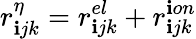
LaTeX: r_{\mathbf{i}jk}^{\eta}=r_{\mathbf{i}jk}^{el}+r_{\mathbf{i}jk}^{\mathbf{i}on}